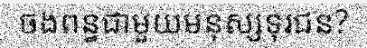
ចងពន្ធជាមួយមនុស្សទុរជន?